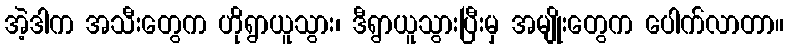
အဲ့ဒါက အသီးတွေက ဟိုရွာယူသွား၊ ဒီရွာယူသွားပြီးမှ အမျိုးတွေက ပေါက်လာတာ။